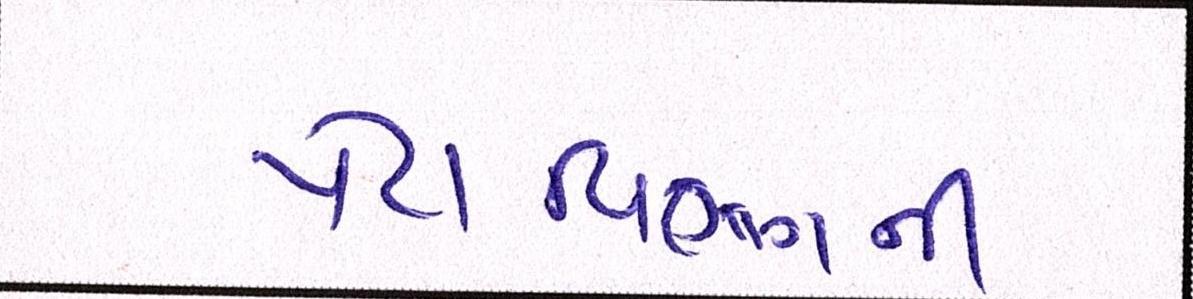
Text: પેટાવિભાગની